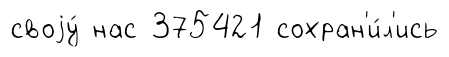
своjу́ нас 375421 сохран'и́л'ись